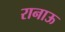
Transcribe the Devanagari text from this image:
रानाऊ